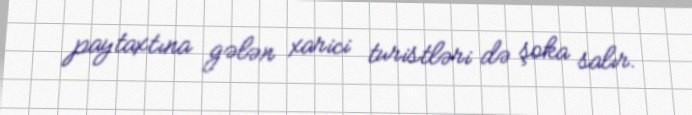
paytaxtına gələn xarici turistləri də şoka salır.